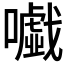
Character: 𡃰